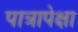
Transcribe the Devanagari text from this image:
पात्रापेक्षा